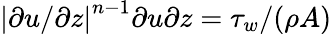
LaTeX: \left|\partial u/\partial z\right|^{n-1}\partial u\partial z=\tau_{w}/(\rho A)